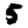
Digit: 5